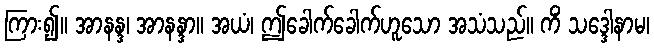
ကြား၍။ အာနန္ဒ၊ အာနန္ဒာ။ အယံ၊ ဤခေါက်ခေါက်ဟူသော အသံသည်။ ကိံ သဒ္ဒေါနာမ၊